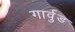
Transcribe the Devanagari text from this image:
गार्वुड